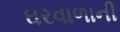
ઘરવાળાની